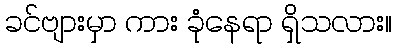
ခင်ဗျားမှာ ကား ခုံနေရာ ရှိသလား။